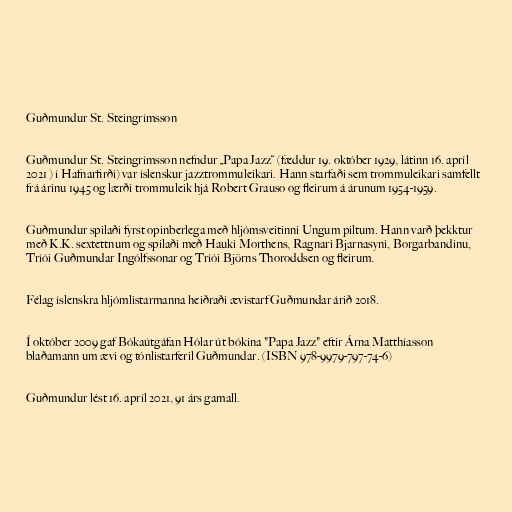
Guðmundur St. Steingrímsson

Guðmundur St. Steingrímsson nefndur „Papa Jazz“ (fæddur 19. október 1929, látinn 16. apríl
2021 ) í Hafnarfirði) var íslenskur jazztrommuleikari. Hann starfaði sem trommuleikari samfellt
frá árinu 1945 og lærði trommuleik hjá Robert Grauso og fleirum á árunum 1954-1959.

Guðmundur spilaði fyrst opinberlega með hljómsveitinni Ungum piltum. Hann varð þekktur
með K.K. sextettnum og spilaði með Hauki Morthens, Ragnari Bjarnasyni, Borgarbandinu,
Tríói Guðmundar Ingólfssonar og Tríói Björns Thoroddsen og fleirum.

Félag íslenskra hljómlistarmanna heiðraði ævistarf Guðmundar árið 2018.

Í október 2009 gaf Bókaútgáfan Hólar út bókina "Papa Jazz" eftir Árna Matthíasson
blaðamann um ævi og tónlistarferil Guðmundar. (ISBN 978-9979-797-74-6)

Guðmundur lést 16. apríl 2021, 91 árs gamall.